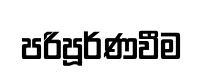
පරිපූර්ණවීම